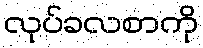
လုပ်ခလစာကို